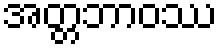
အတ္တဘာဝဿ